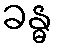
ခန္ဓ